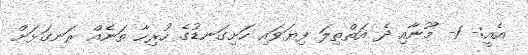
އެއީ:- 1- މޫނާއި ދެ އަތްތިލަ ފިޔަވައި ހަށިގަނޑުގެ ހުރިހާ ތަނެއް ރަނގަޅަށް